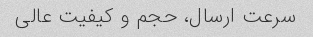
سرعت ارسال، حجم و کیفیت عالی